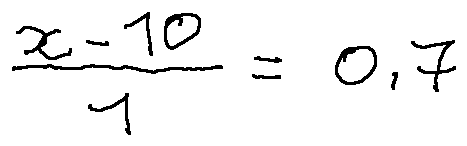
\frac { x - 1 0 } { 1 } = 0 , 7